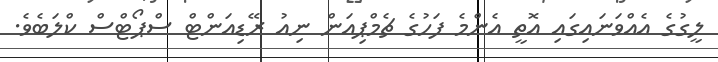
ލީގުގެ އެއްވަނައިގައި އޮތީ އެންމެ ފަހުގެ ޗެމްޕިއަން ނިއު ރޭޑިއަންޓް ސްޕޯޓްސް ކްލަބެވެ.